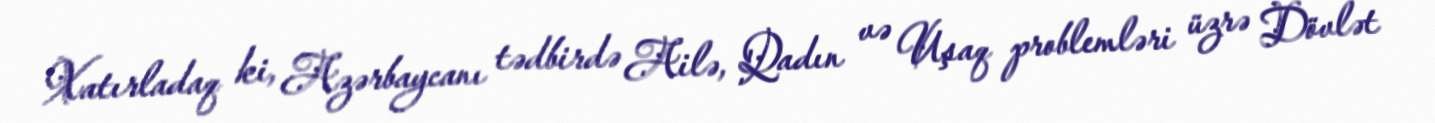
Xatırladaq ki, Azərbaycanı tədbirdə Ailə, Qadın və Uşaq problemləri üzrə Dövlət